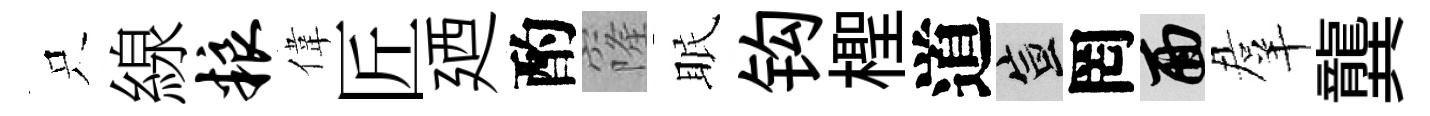
只線粮偉匠廼酌窿眠钩檉道宣罔面羣龔